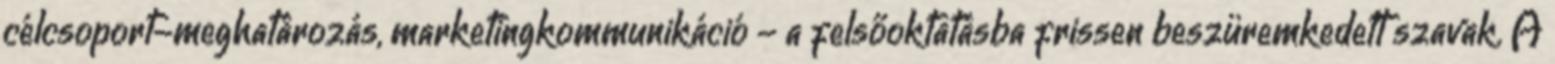
célcsoport-meghatározás, marketingkommunikáció - a felsőoktatásba frissen beszüremkedett szavak. A